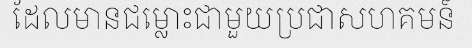
ដែលមានជម្លោះជាមួយប្រជាសហគមន៍